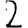
Digit: 2